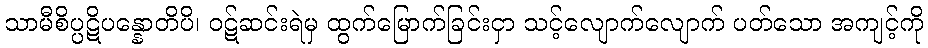
သာမီစိပ္ပဋိပန္နောတိပိ၊ ဝဋ်ဆင်းရဲမှ ထွက်မြောက်ခြင်းငှာ သင့်လျောက်လျောက် ပတ်သော အကျင့်ကို